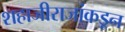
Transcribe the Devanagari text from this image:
शहाजीराजांकडून